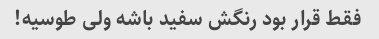
فقط قرار بود رنگش سفید باشه ولی طوسیه!